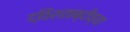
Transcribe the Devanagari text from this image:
द्विशताब्दीच्या